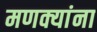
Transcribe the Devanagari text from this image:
मणक्यांना